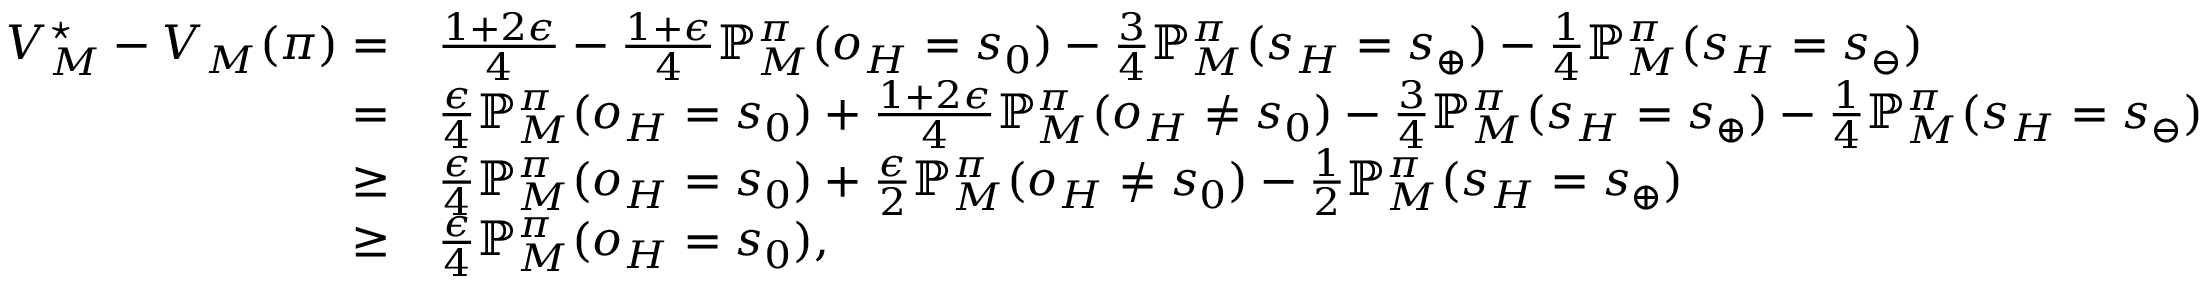
\begin{array} { r l } { V _ { M } ^ { \star } - V _ { M } ( \pi ) = } & { \frac { 1 + 2 \epsilon } { 4 } - \frac { 1 + \epsilon } { 4 } \mathbb { P } _ { M } ^ { \pi } ( o _ { H } = s _ { 0 } ) - \frac { 3 } { 4 } \mathbb { P } _ { M } ^ { \pi } ( s _ { H } = s _ { \oplus } ) - \frac { 1 } { 4 } \mathbb { P } _ { M } ^ { \pi } ( s _ { H } = s _ { \ominus } ) } \\ { = } & { \frac { \epsilon } { 4 } \mathbb { P } _ { M } ^ { \pi } ( o _ { H } = s _ { 0 } ) + \frac { 1 + 2 \epsilon } { 4 } \mathbb { P } _ { M } ^ { \pi } ( o _ { H } \neq s _ { 0 } ) - \frac { 3 } { 4 } \mathbb { P } _ { M } ^ { \pi } ( s _ { H } = s _ { \oplus } ) - \frac { 1 } { 4 } \mathbb { P } _ { M } ^ { \pi } ( s _ { H } = s _ { \ominus } ) } \\ { \geq } & { \frac { \epsilon } { 4 } \mathbb { P } _ { M } ^ { \pi } ( o _ { H } = s _ { 0 } ) + \frac { \epsilon } { 2 } \mathbb { P } _ { M } ^ { \pi } ( o _ { H } \neq s _ { 0 } ) - \frac { 1 } { 2 } \mathbb { P } _ { M } ^ { \pi } ( s _ { H } = s _ { \oplus } ) } \\ { \geq } & { \frac { \epsilon } { 4 } \mathbb { P } _ { M } ^ { \pi } ( o _ { H } = s _ { 0 } ) , } \end{array}